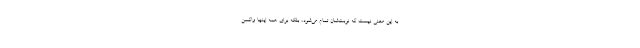
به این معنی نیست که نوبت‌شان تمام می‌شود، بلکه برای همه اینها واکسن